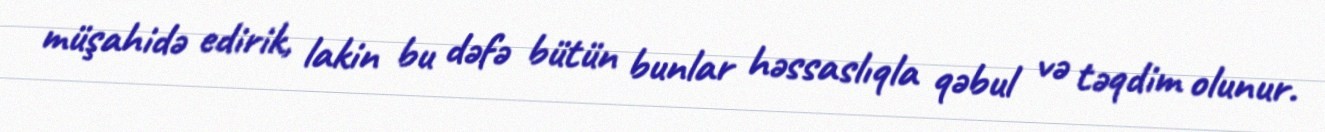
müşahidə edirik, lakin bu dəfə bütün bunlar həssaslıqla qəbul və təqdim olunur.